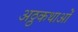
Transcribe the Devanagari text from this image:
अठ्ठकथाओं